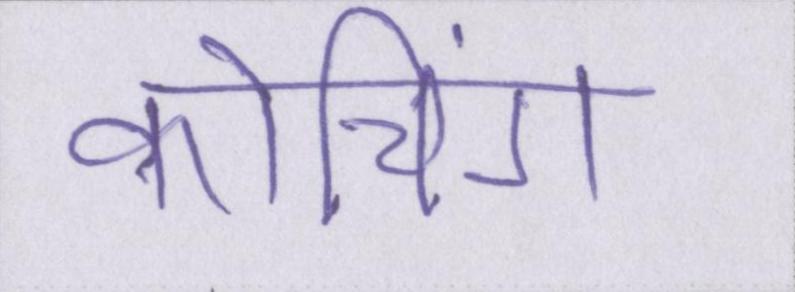
कोचिंग